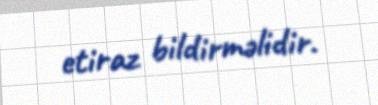
etiraz bildirməlidir.